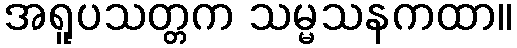
အရူပသတ္တက သမ္မသနကထာ။